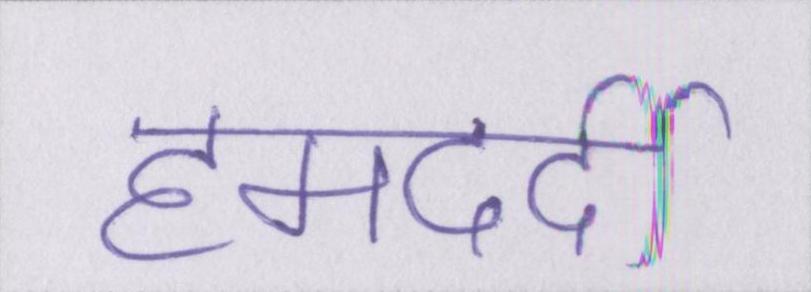
हमदर्दी